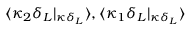
\langle \kappa _ { 2 } \delta _ { L } | _ { \kappa \delta _ { L } } \rangle , \langle \kappa _ { 1 } \delta _ { L } | _ { \kappa \delta _ { L } } \rangle